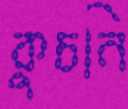
কুচনি